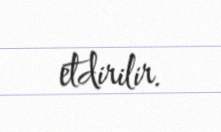
etdirilir.